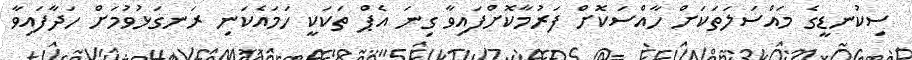
ސިކުނޑީގެ މައްސަލަތަކަށް ހާއްސަކޮށް ފަރުމާކޮށްފައިވާ ގިނަ އެޕް ތަކަކީ ހަމައެކަނި ރަނގަޅުވުމަށް ހަދާފައިވާ